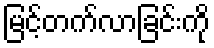
မြင့်တက်လာခြင်းကို